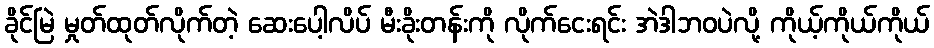
ခိုင်မြဲ မှုတ်ထုတ်လိုက်တဲ့ ဆေးပေါ့လိပ် မီးခိုးတန်းကို လိုက်ငေးရင်း အဲဒါဘဝပဲလို့ ကိုယ့်ကိုယ်ကိုယ်